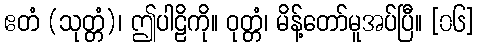
ဧတံ (သုတ္တံ)၊ ဤပါဠိကို။ ဝုတ္တံ၊ မိန့်တော်မူအပ်ပြီ။ [၀၆]